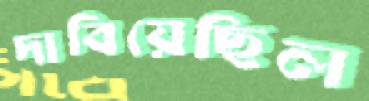
দাবিয়েছিল